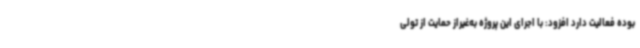
بوده فعالیت دارد افزود: با اجرای این پروژه به‌غیراز حمایت از تولی